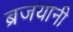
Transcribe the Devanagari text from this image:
ब्रजयानी